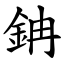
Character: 䤡